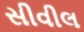
સીવીલ